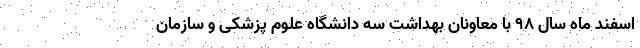
اسفند ماه سال ۹۸ با معاونان بهداشت سه دانشگاه علوم پزشکی و سازمان